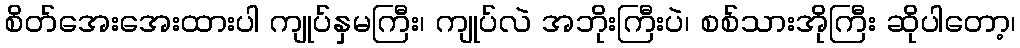
စိတ်အေးအေးထားပါ ကျုပ်နှမကြီး၊ ကျုပ်လဲ အဘိုးကြီးပဲ၊ စစ်သားအိုကြီး ဆိုပါတော့၊